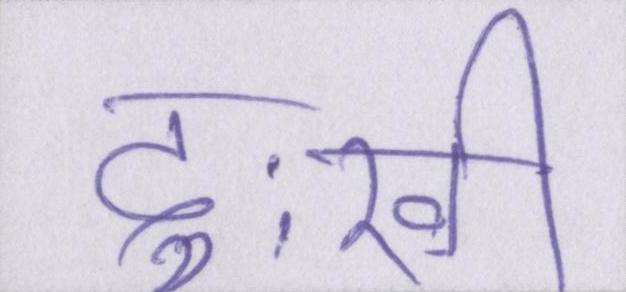
दुःखी